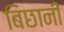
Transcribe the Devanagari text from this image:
बिछानी